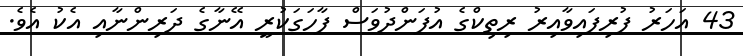
43 އަހަރު ފުރިފައިވާއިރު ރިތިކްގެ އުފަންދުވަސް ފާހަގަކުރީ އޭނާގެ ދަރިންނާއި އެކު އެވެ.